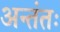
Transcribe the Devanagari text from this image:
अन्तंतः